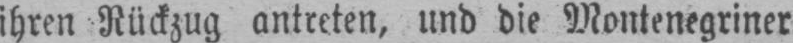
ihren Rückzug antreten, und die Montenegriner